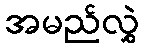
အမည်လွှဲ